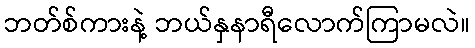
ဘတ်စ်ကားနဲ့ ဘယ်နှနာရီလောက်ကြာမလဲ။